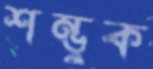
শম্ভুক